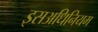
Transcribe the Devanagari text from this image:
इसअधिनियम